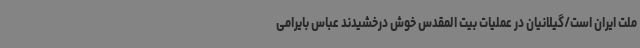
ملت ایران است/گیلانیان در عملیات بیت المقدس خوش درخشیدند عباس بایرامی